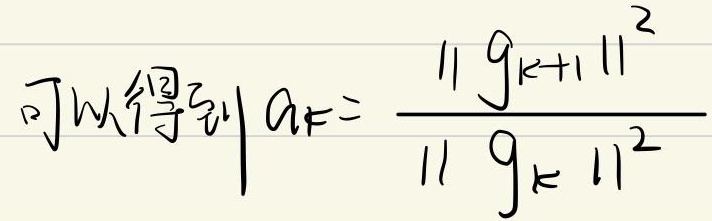
可以得到\(a_{k}= \frac{\| g_{k + 1} \|^{2}}{\| g_{k} \|^{2}}\)